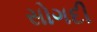
સોગદી